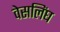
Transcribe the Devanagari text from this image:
वेसलिंघ